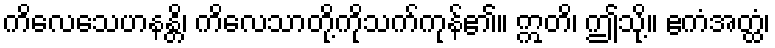
ကိလေသေဟနန္တိ၊ ကိလေသာတို့ကိုသက်ကုန်၏။ ဣတိ၊ ဤသို့။ ဧကံအတ္ထံ၊